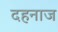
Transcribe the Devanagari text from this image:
दहनाज